Summary of work carried on by Mr Hankin - Part III
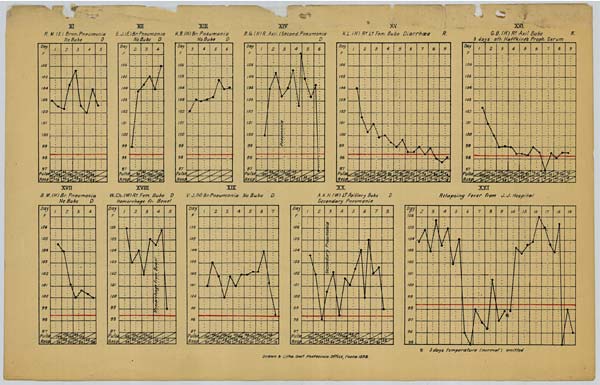
XI
R.M. (E) Bron, Pneumonia
No Bubo
D
XII
E.J. (E) Br. Pneumonia
No Bubo D
XIII
K.B. (H) Br. Pneumonia
No Bubo D
XIV
R.G. (H) R. Axil. (Second. Pneumonia
D
XV
K.L. (H) Rt Lt Fem. Bubo Diarrhœa
R.
XVI
G.B. (H) Rt Axil Bubo
3 days aft. Haffkine's Proph. Serum
XVII
B.M. (H) Br. Pneumonia
No Bubo
D
XVIII
W.Ch. (M) Rt Fem. Bubo D
Hemorrhage fr. Bowel
XIX
V.J. (H) Br. Pneumonia No Bubo D
XX
A.K.H. (M) Lt. Axillary Bubo
D
Secondary Pneumonia
XXI
Relapsing Fever from J.J. Hospital
X 3 days temperature (normal) omitted
Drawn & Litho. Govt Photozinco, Off ice, Poona 1898.